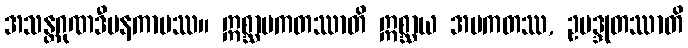
အသန္တဂုဏဒီပနကာမဿ။ ဣစ္ဆာပကတဿာတိ ဣစ္ဆာယ အပကတဿ, ဥပဒ္ဒုတဿာတိ